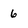
Character: 6